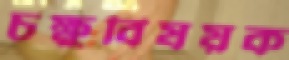
চক্ষুবিষয়ক